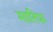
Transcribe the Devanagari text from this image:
मारिफ